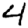
Digit: 4